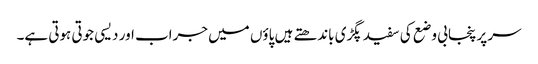
سر پر پنجابی وضع کی سفید پگڑی باندھتے ہیں پاؤں میں جراب اور دیسی جوتی ہوتی ہے۔